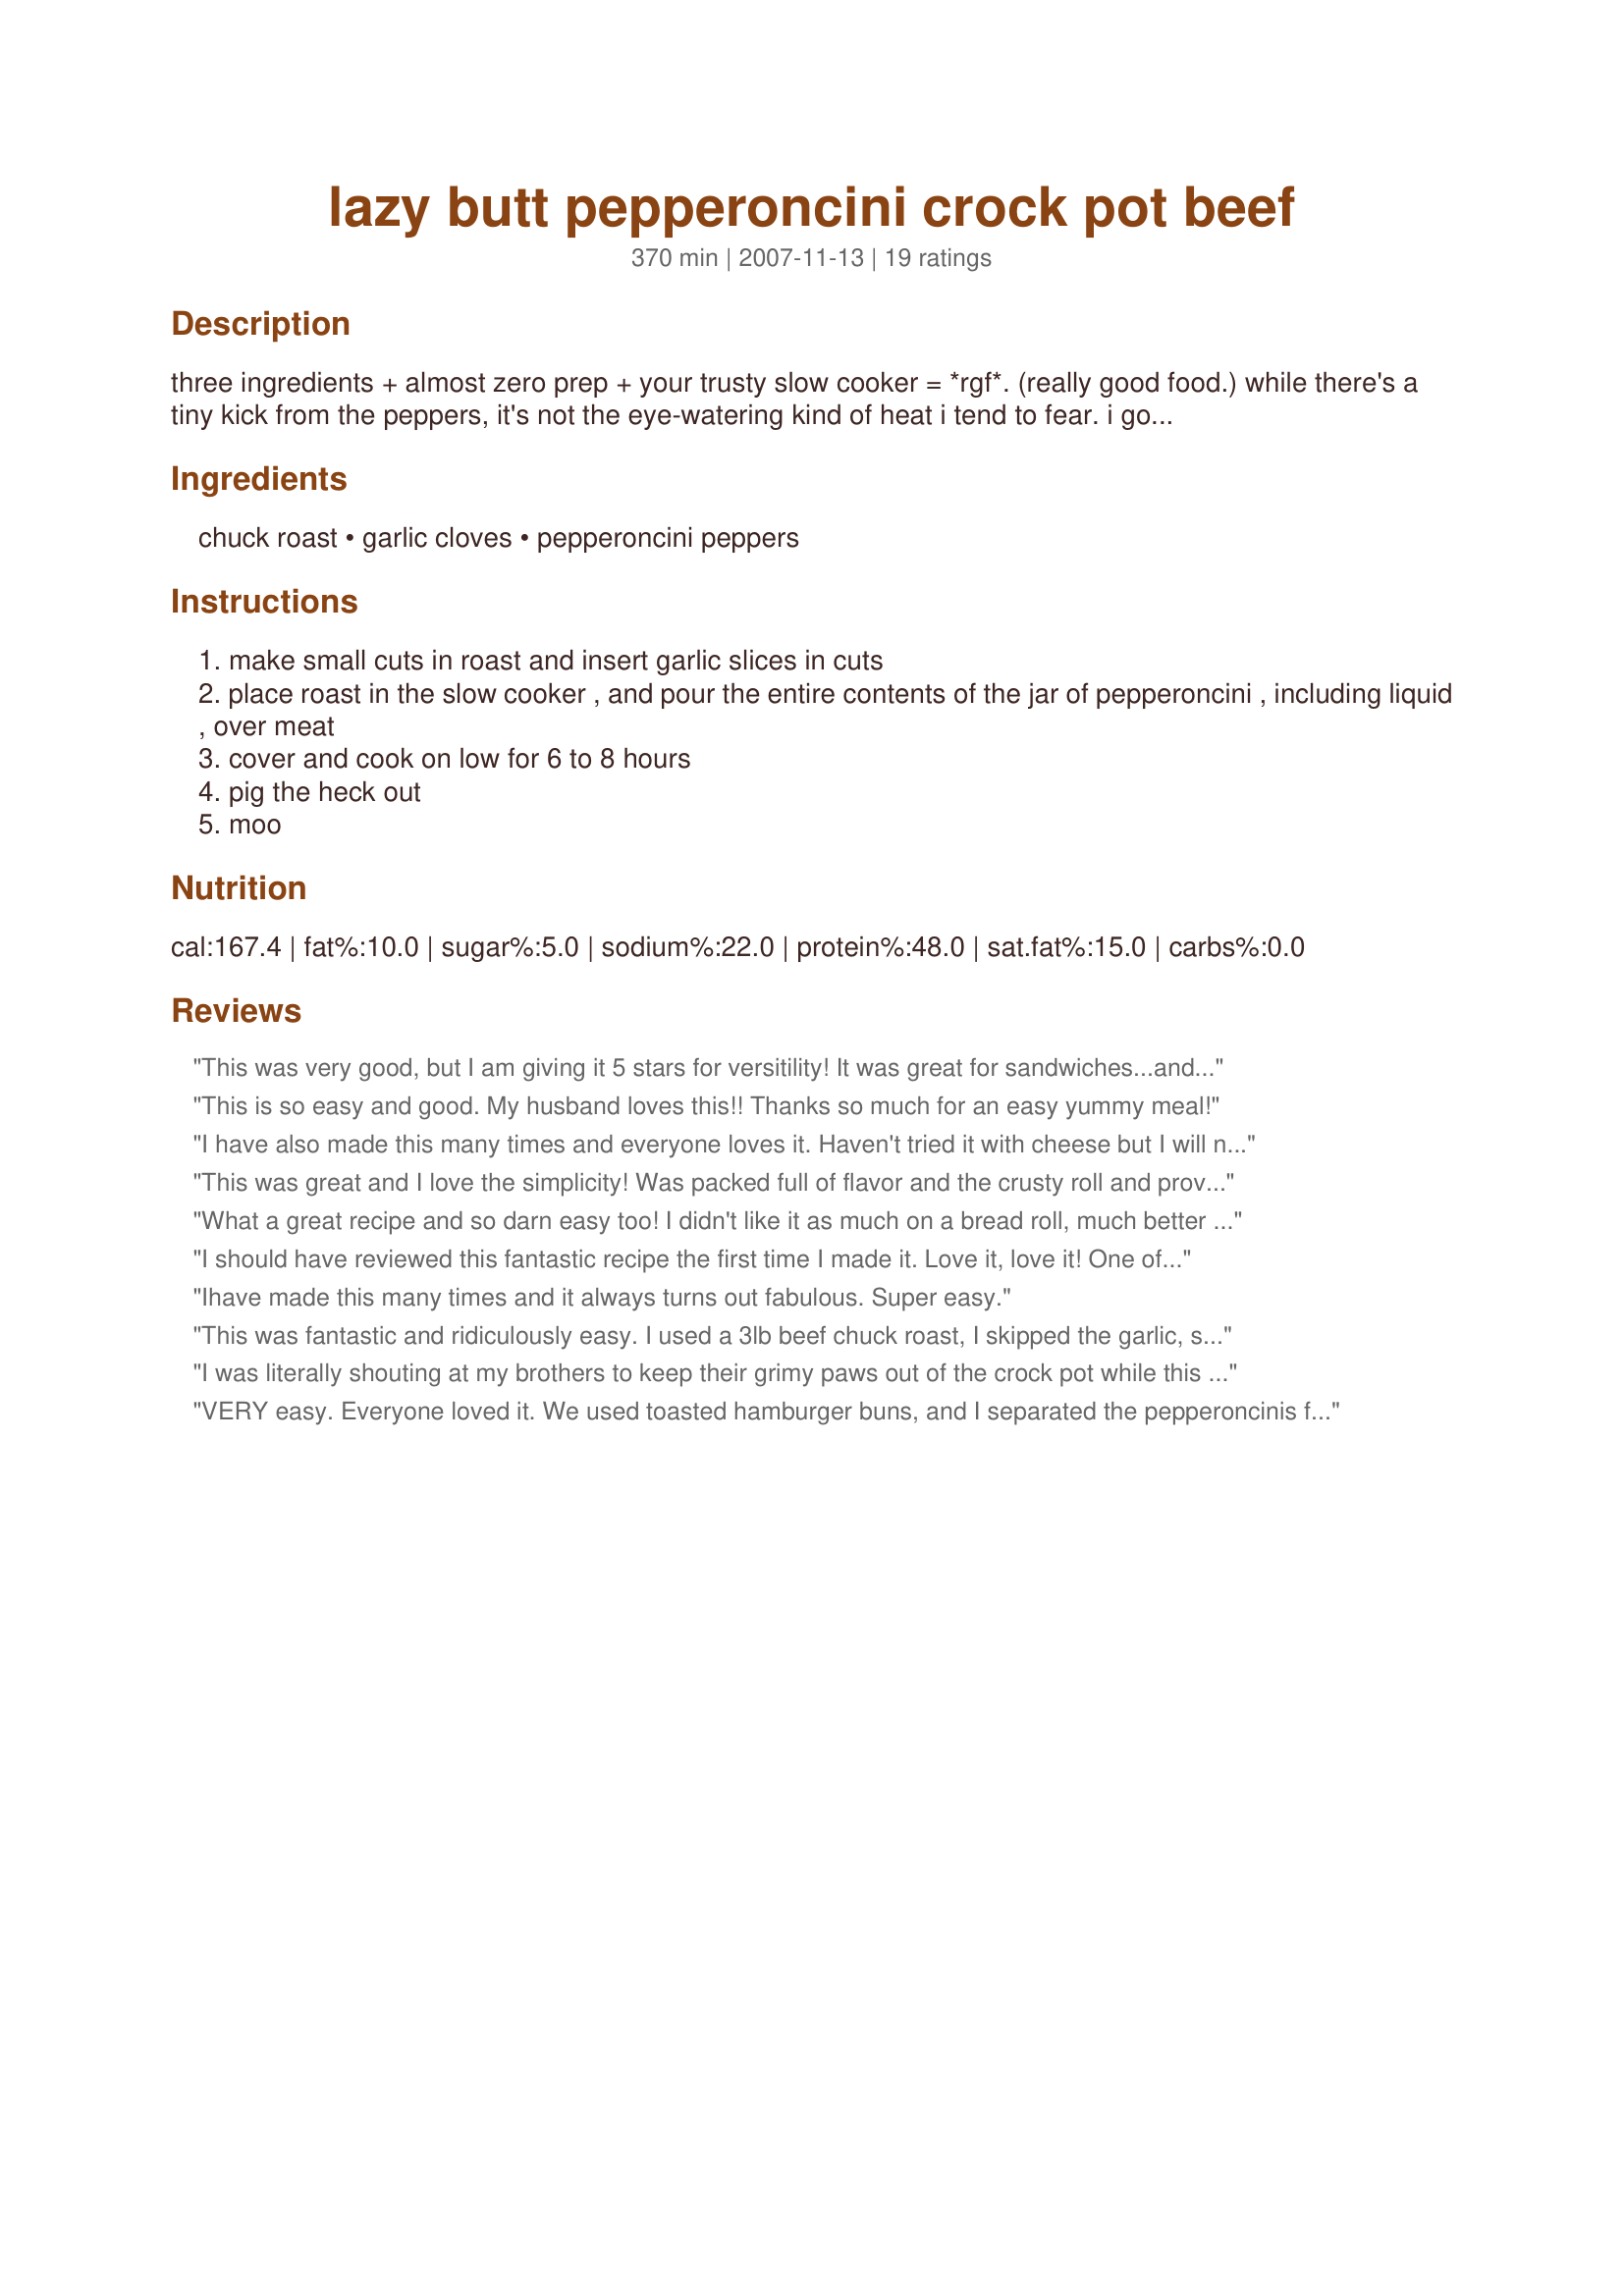
lazy butt pepperoncini crock pot beef
Preparation time: 370 minutes

three ingredients + almost zero prep + your trusty slow cooker = *rgf*. (really good food.) while there's a tiny kick from the peppers, it's not the eye-watering kind of heat i tend to fear. i got this from allrecipes.com where the author suggests serving the meat and peppers on toasted hoagie rolls with provolone or mozzarella and your choice of condiments. if using cheese, (which would help temper any heat from the peppers), top the roll with the meat, then cheese and zap it in the microwave for a few seconds or, better yet, under the broiler, particularly if you're toasting your rolls there. you could also slap a serving on tortillas with appropriate condiments. (damn, i'm getting hungry.) some reviewers add broth and onions to the crock pot, but it really doesn't need it. let your taste buds be your guide! *** update *** the other night i mixed some shredded monterey jack and this lovely seriously aged dutch unie kaas robusto, broiled it on the top half of a sesame seed bun until melted, then slapped that puppy on the meat-topped lower half of the bun. i also experimented with a little cattlemen's (smokehouse) bbq sauce. and in addition to the slices of garlic inserted into the meat, i put 1/2 of a head of garlic in one of those little drawstring bags and plopped that puppy in the crockpot to cook with the rest of the ingredients. yum!

Ingredients:
chuck roast, garlic cloves, pepperoncini peppers

Steps:
make small cuts in roast and insert garlic slices in cuts
place roast in the slow cooker , and pour the entire contents of the jar of pepperoncini , including liquid , over meat
cover and cook on low for 6 to 8 hours
pig the heck out
moo

Reviews:
This was very good, but I am giving it 5 stars for versitility! It was great for sandwiches...and then I used the left overs for shredded beef burritos! I've been looking for a recipe that would stand on it's own for sandwiches, but also blend well as shredded beef for mexican dishes. I've found it! You can control the heat with the type of pepperoncini's you use. So easy to make, great staple!
This is so easy and good. My husband loves this!! Thanks so much for an easy yummy meal!
I have also made this many times and everyone loves it. Haven't tried it with cheese but I will now. Great food.
This was great and I love the simplicity! Was packed full of flavor and the crusty roll and provolone took it over the top for us. Will be making this often,
What a great recipe and so darn easy too! I didn't like it as much on a bread roll, much better on a flour tortilla, a little shredded cheese and a dollop of sour cream. I'll be making this often.
I should have reviewed this fantastic recipe the first time I made it. Love it, love it! One of DH's favourites. I add a few things, not to make better, just my obsession to tweak. After inserting the garlic, I salt and pepper liberally. Saute some onion first, remove onion, then brown beef. I dump the onions and the browned beef into my slow cooker, along with the peppers, a splash of beef broth and a splash of red wine and finish off with a sprinkle of oregano. Serve on Kaiser rolls, top with a slice of Provolone and run under the broiler until cheese melts. Wonderful, thanks for posting.
Ihave made this many times and it always turns out fabulous. Super easy.
This was fantastic and ridiculously easy. I used a 3lb beef chuck roast, I skipped the garlic, seasoned the roast with salt, pepper, and some garlic powder, added a jar of pepperoncini and some carrots, and let her rip. I have one of the crock pots that has a probe so when the probe said it was done (after about 3 hours) the roast, while technically cooked to temperature, was a little tough. I cranked the pot to high and let it go another 2 hours. By the end it was amazing flavored and fall apart tender. We took some crusty baguettes and melted some white american cheese under the broiler and made beef sandwiches using the rendered juice as an "au jus". Heavenly!
I was literally shouting at my brothers to keep their grimy paws out of the crock pot while this was cooking. So so SO delicious! My pot runs a little hot so this was easily shreddible after about 5 1/2 hours. We served it with shredded cheddar cheese on hot dog buns, and my brothers are already asking when I'm going to make it again. Thank you so much for posting!
VERY easy. Everyone loved it.
We used toasted hamburger buns, and I separated the pepperoncinis from the meat before shredding it (some people ate them on top of the sandwich, others left them off). We then used the excess juice from the Crockpot to dip the sandwiches. SO GOOD.
Fantastic and so easy to make. 
Sandy, thank you for posting this. I love the ease and fabulous flavor. There is a hint of hot, but not the mouth-burning kind that most people do not like. I served some of the juice, peppers, and meat on a roll with sour cream. Delicioso!
This stuff is great.....very good flavor and soooooo easy!!!!! Will make again for sure.
Wow. That's all I have to say. The small amount of heat from the peppers was perfect. I had to bake it in my oven, as I don't have a slow cooker. Maybe it's time to break down and buy one. Thanks for the great recipe!
You wanna talk about good, this is it! Great in a crusty sub roll!
WOW!!! This is just amazing! And only 3 ingredients. I used a boneless blade roast as I could not get chuck roast here. Put it in the crockpot before going to town...and when I opened the door...the aroma sent had me salivating! I topped it with some of the chopped peppers and a grating of Grana Padano. DH couldn't get enough....he has asked when I will make it again! Thank you for this great recipe and will be made again and again. Can't wait until the family comes to visit.
This was great! I replaced the cloves of garlic with garlic salt (sad, I know), and cooked everything for 8 hours. Yum!
I used a 3lb. chuck roast from a deer. 12 oz. jar of the peppers. A packet of italian dressing mix. Maybe a cup of water, salt, garlic and onion flakes. Cooked for 10 hours in the crockpot. Took out and shredded the meat,added back to the juice and served it on home made hoagie rolls(From here on zaar) and ultimate jalapeno poppers(From here on zaar) This recipe is outstanding!!! We will make this often!!
Made as directed but after eight hours on low the beef was still really tough. I ended up leaving it in over night on low and then it was shreddable. The taste was good once we could eat it.
This was wonderful, the meat turned out tender and the spice with the peppers was just the right amount. Even our toddler loved this and asked for more. I served with with cheddar cheese and tortillas to make wraps (less messy!).
